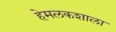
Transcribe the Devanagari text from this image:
हेमलकशाला